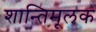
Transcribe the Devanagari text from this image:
शान्तिमूलक